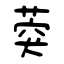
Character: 葖